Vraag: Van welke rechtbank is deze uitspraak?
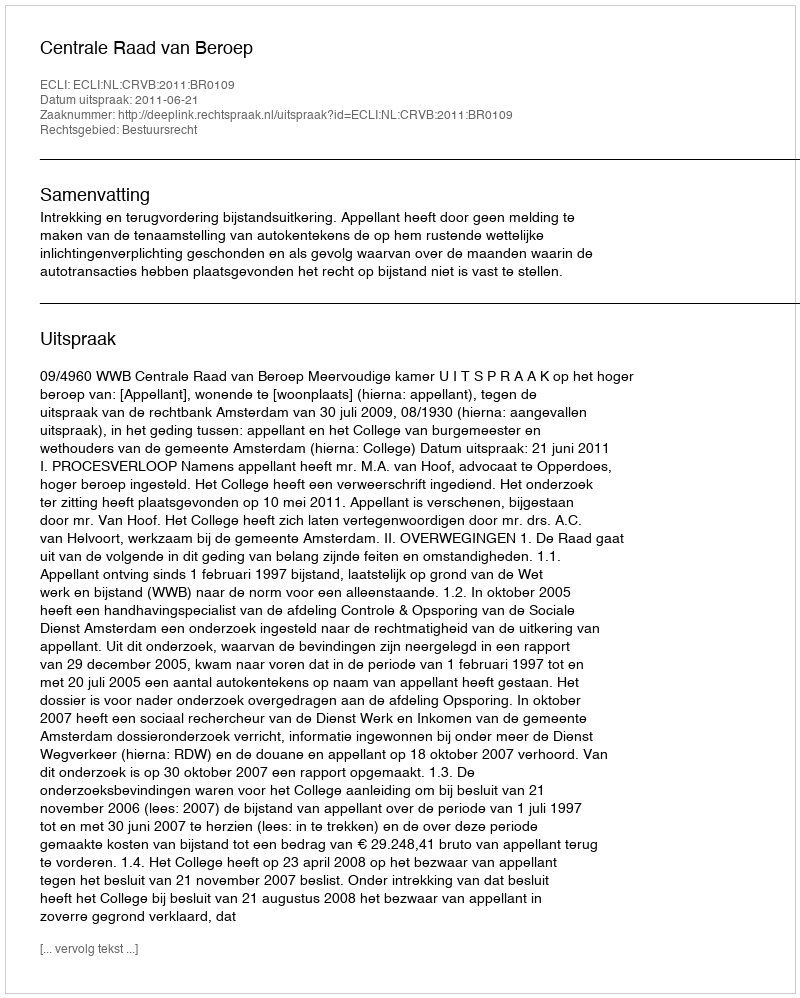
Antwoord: Centrale Raad van Beroep